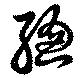
總